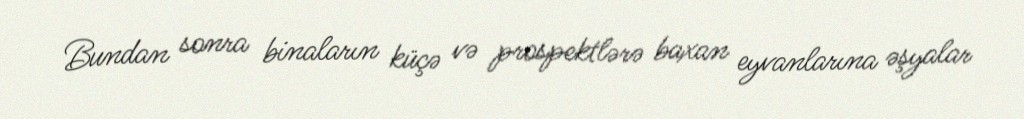
Bundan sonra binaların küçə və prospektlərə baxan eyvanlarına əşyalar